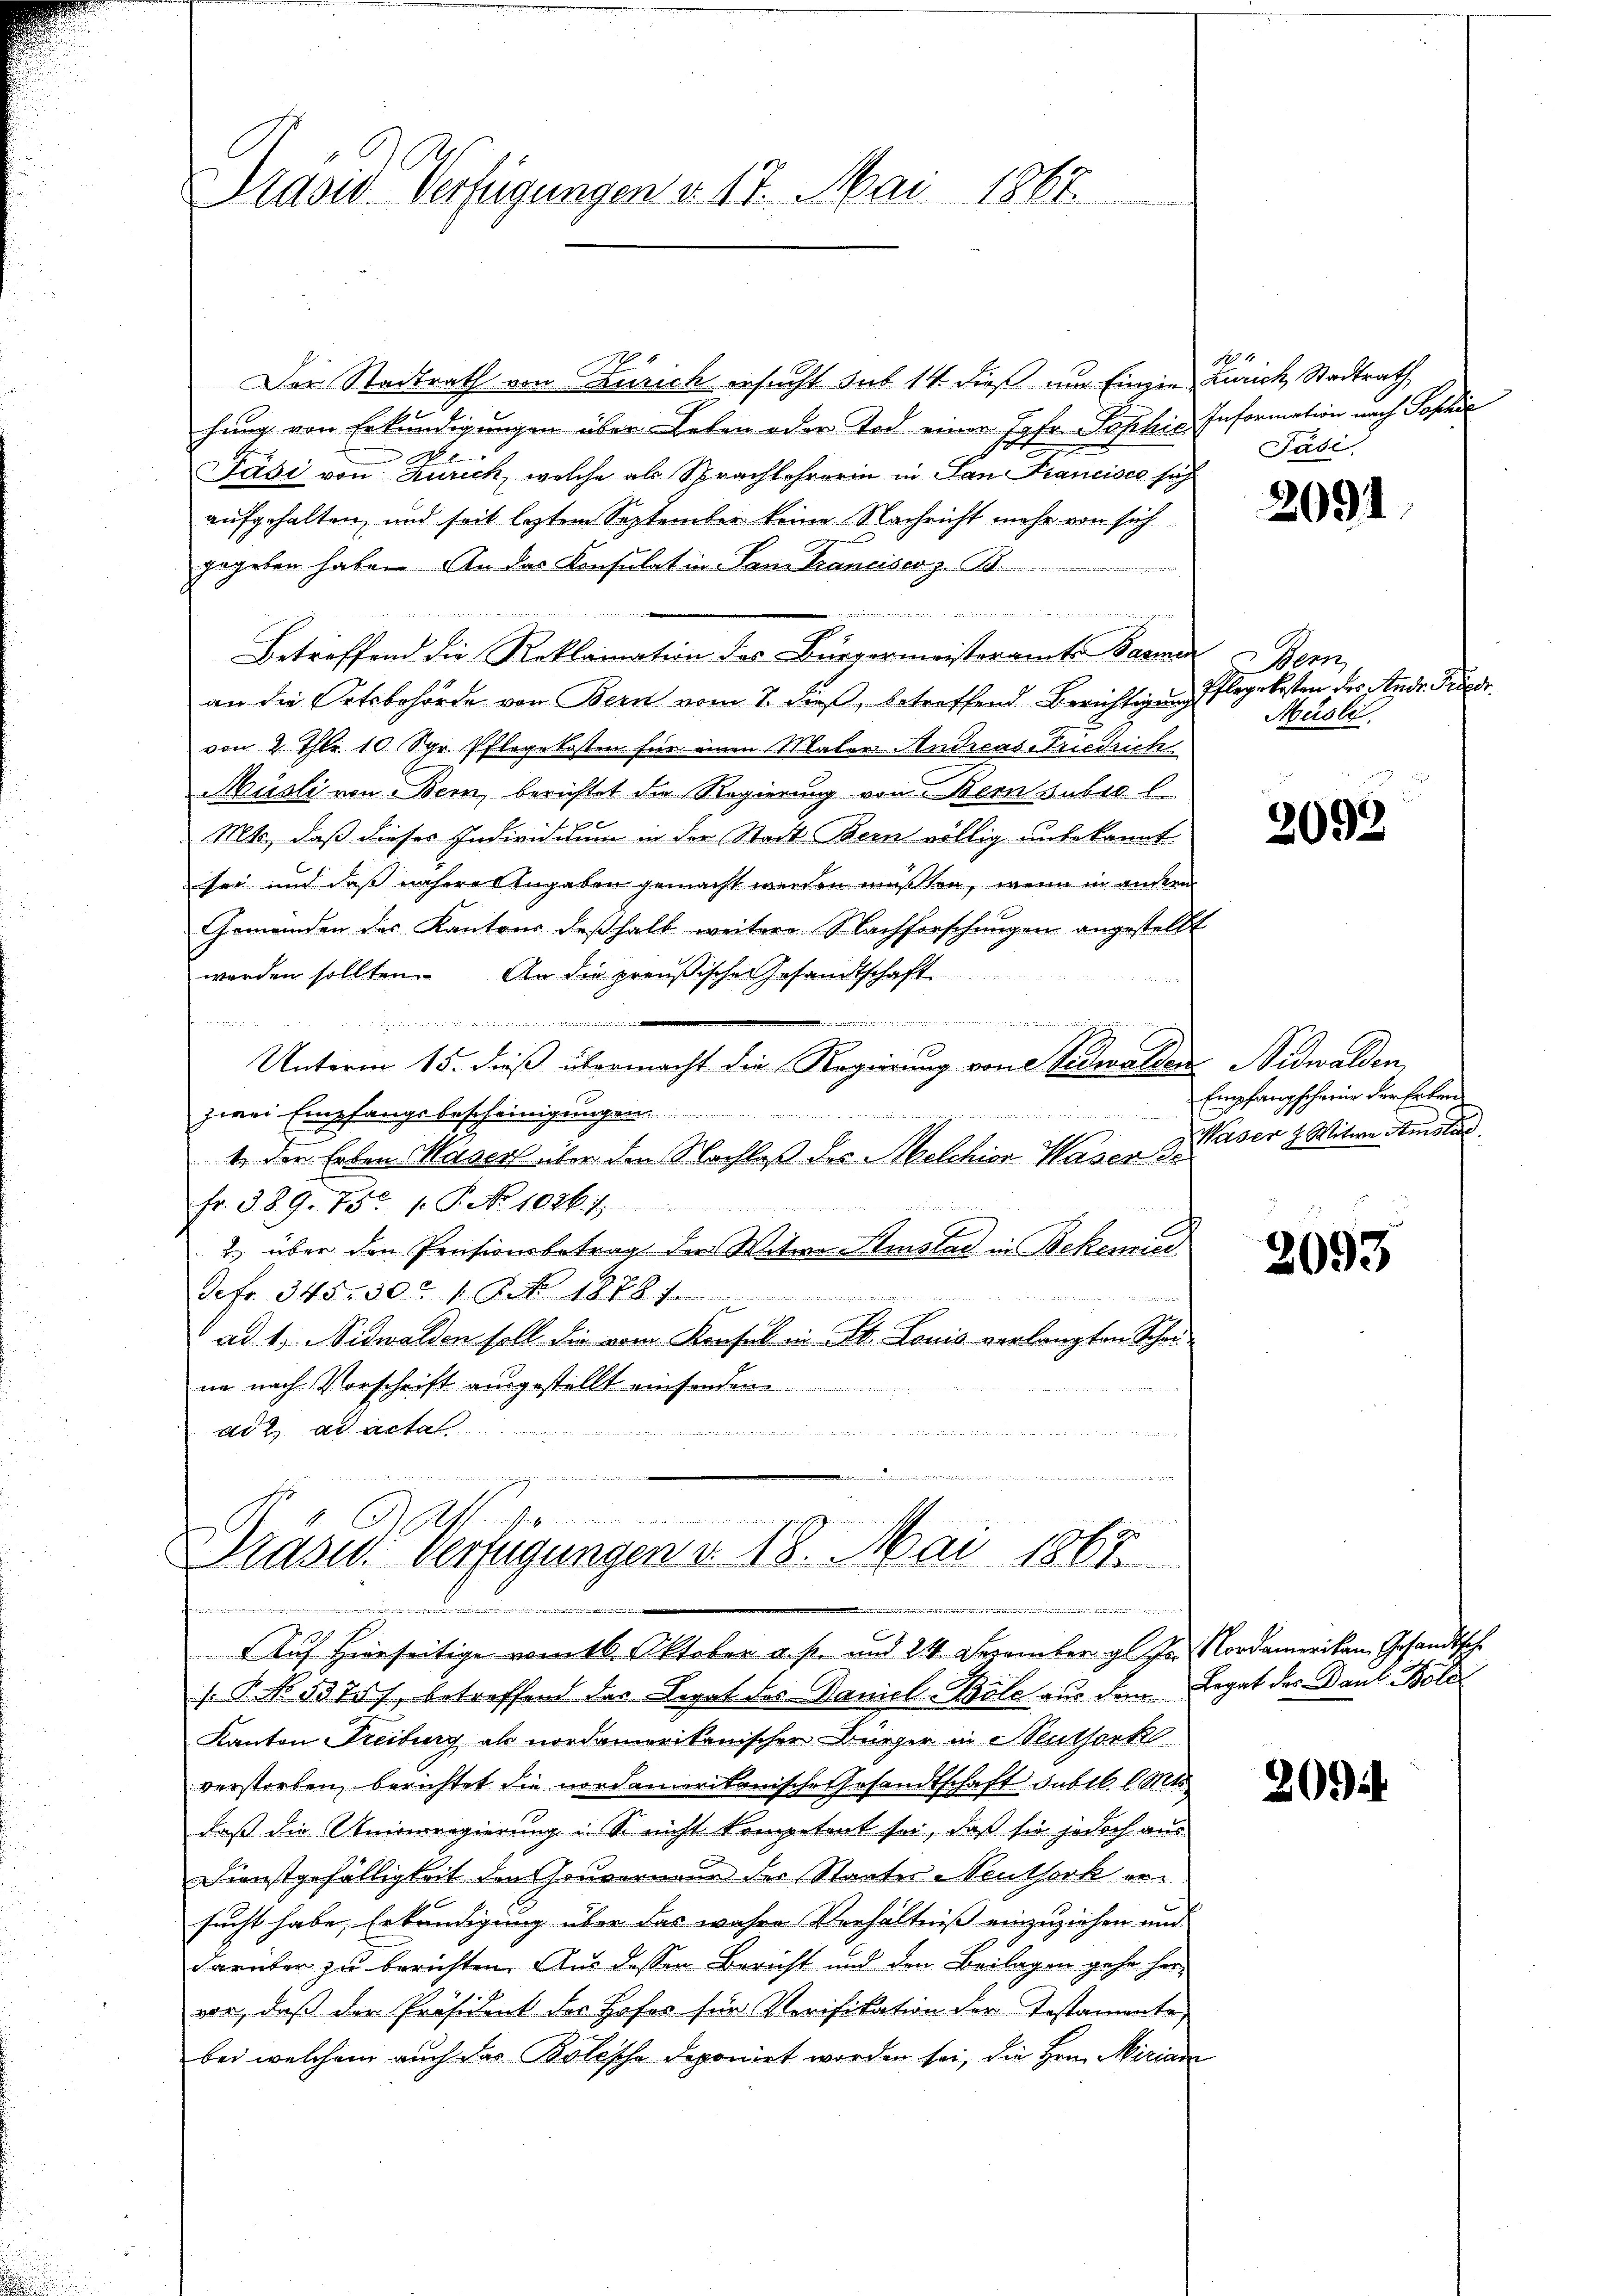
Präsid Verfügungen v. 17. Mai 1865

Der Stadtrath von Zürich ersucht sub 14 dieß um Einzin Zürich Stadtrath
hŭng von Erkundigŭngen über Leben oder Tod einer Jgfr. Sophie Information nach Sophie
13
Wob
Päsi von Kurich, welche als Sprachlehrerin in San Francisco sich
aufgehalten, und seit leztem September keine Nachricht mehr von sich
gegeben habe. An das Konsulat in San Franciser z. B.

ediener
uee en
Betreffend die Reklamation des Bürgermeisteramte Barmen
an die Ortsbehörde von Bern vom 7. dieß, betreffend Berichtigung Pflegekosten des Andr. Kass
von 2 Thlr. 10 Sgr. Pflegekosten für einen Malers Andreas Friedrich
Müsli von Bern, berichtet die Regierung von Bernsubi l.
Mts, daß dieses Individium in der Stadt Bern völlig unbekannt
sei und daß näheres Angaben gemacht werden müßten, wenn in andern
Gemeinden des Kantons deßhalb weitere Nachforschungen angestellt
werden sollten. An die preußische Gesandtschaft
ünger

Unterm 15. dieß übermacht die Regierung von Nidwalden Nidwalden,
zwei Empfangsbescheinigungen.

1. Der Erben Masers über den Nachlaß des Melchion Waser dieser H. Mitwe Amster
Fr. 389. 75 f. P. Nr. 1027.
2. über den Preisionsbetrag der Witwe Stinstad in Bekenner
Sefr. 345, 30 f. No. 1878. 7.
 ad 1, Nidwalden soll die vom Konsul in St. Louis verlangten Schau-
ne nach Vorschrift ausgestellt einsenden
At 2. Ad Acten und in und in und die und in der den und den den, und in anderen ein an und |

eine weshalten dieserten wird erst in derseit des und
n
u
 Athemassigenein einem man gesehenen
Drasw. Verfügungen v. 18. Mai 1867.
t
....................
AAuf Hierseitige vom 16. Oktober a. p. und 24. Dezember gl. Js. Nordamerikan, Gesandtsch

. P. No 1375), betreffend das Legat des Daniel-Böle aus dem Legat des Paul Bolo
Kanton Freiburg als nordamerikanischer Bürger in Seuthonk
verstorben, berichtet die nordamerikanische Gesandtschaft subtl. l. Mts.
daß die Unverregierung u. S. nicht kompetent sei, daß sie jedoch aus
Dienstgefälligkeit den Gouverneur des Staates Neuthork ersucht habe, Erkundigung über das wahre Verhältniß einzuziehen und
darüber zu berichten. Aus dessen Bericht und den Beilagen gehe her
vor, daß der Präsident der Hofes für Verifikation der Testamente
bei welchem auch das Bolesche deponiert worden sei, die Hrn. Mirian

184
Päsi

2091

Hern
Müsli.

2092

Empfangscheine der Erben

2093

200.